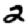
Digit: 2